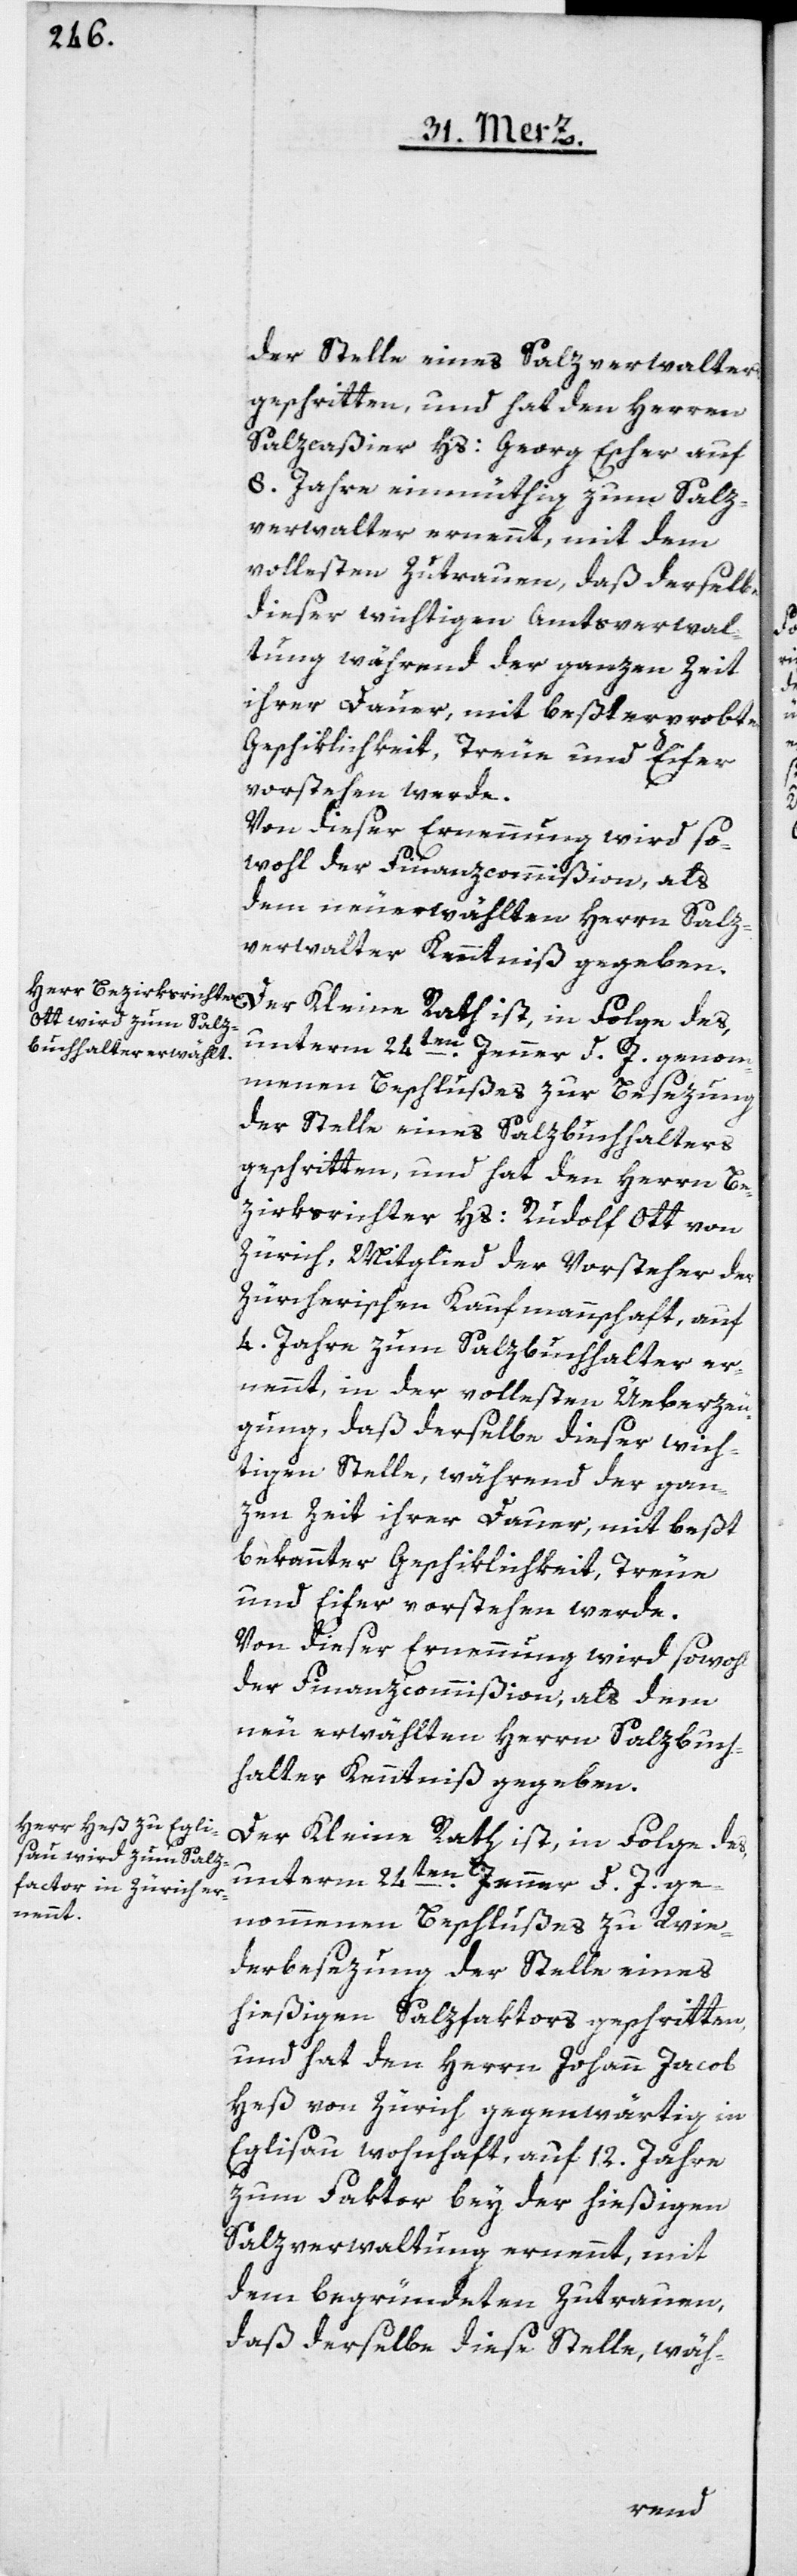
der Stelle eines Salzverwalters
geschritten, und hat den Herren
Salzcaßier Hs: Georg Escher auf
8. Jahre einmüthig zum Salz¬
verwalter ernennt, mit dem
vollsten Zutrauen, daß derselbe
dieser wichtigen Amtsverwal¬
tung während der ganzen Zeit
ihrer Dauer mit besterprobter
Geschiklichkeit, Treue und Eifer
vorstehen werde.
Von dieser Ernennung wird so¬
wohl der Finanzcommißion, als
dem neuerwählten Herrn Salz¬
verwalter Kenntniß gegeben.
unterm 24ten Jenner d. J. genom¬
menen Beschlußes zur Besezung
der Stelle eines Salzbuchhalters
geschritten, und hat den Herrn Be¬
zirksrichter Hs: Rudolf Ott von
Zürich, Mitglied der Vorsteher der
Zürcherischen Kaufmannschaft, auf
4. Jahre zum Salzbuchhalter er¬
nennt, in der vollsten Überzeu¬
gung, daß derselbe dieser wich¬
tigen Stelle, während der gan¬
zen Zeit ihrer Dauer, mit beßt
bekannter Geschiklichkeit, Treue
und Eifer vorstehen werde.
Von dieser Ernennung wird sowohl
der Finanzcommißion, als dem
neu erwählten Herrn Salzbuch¬
halter Kenntniß gegeben.
Der Kleine Rath ist, in Folge des
unterm 24ten Jenner d. J. ge¬
nommenen Beschlußes zu Wie¬
derbesezung der Stelle eines
hießigen Salzfaktors geschritten,
und hat den Herrn Johann Jacob
Heß von Zürich, gegenwärtig in
Eglisau wohnhaft, auf 12. Jahre
zum Faktor bey der hießigen
Salzverwaltung ernennt, mit
dem begründeten Zutrauen,
daß derselbe diese Stelle, wäh-